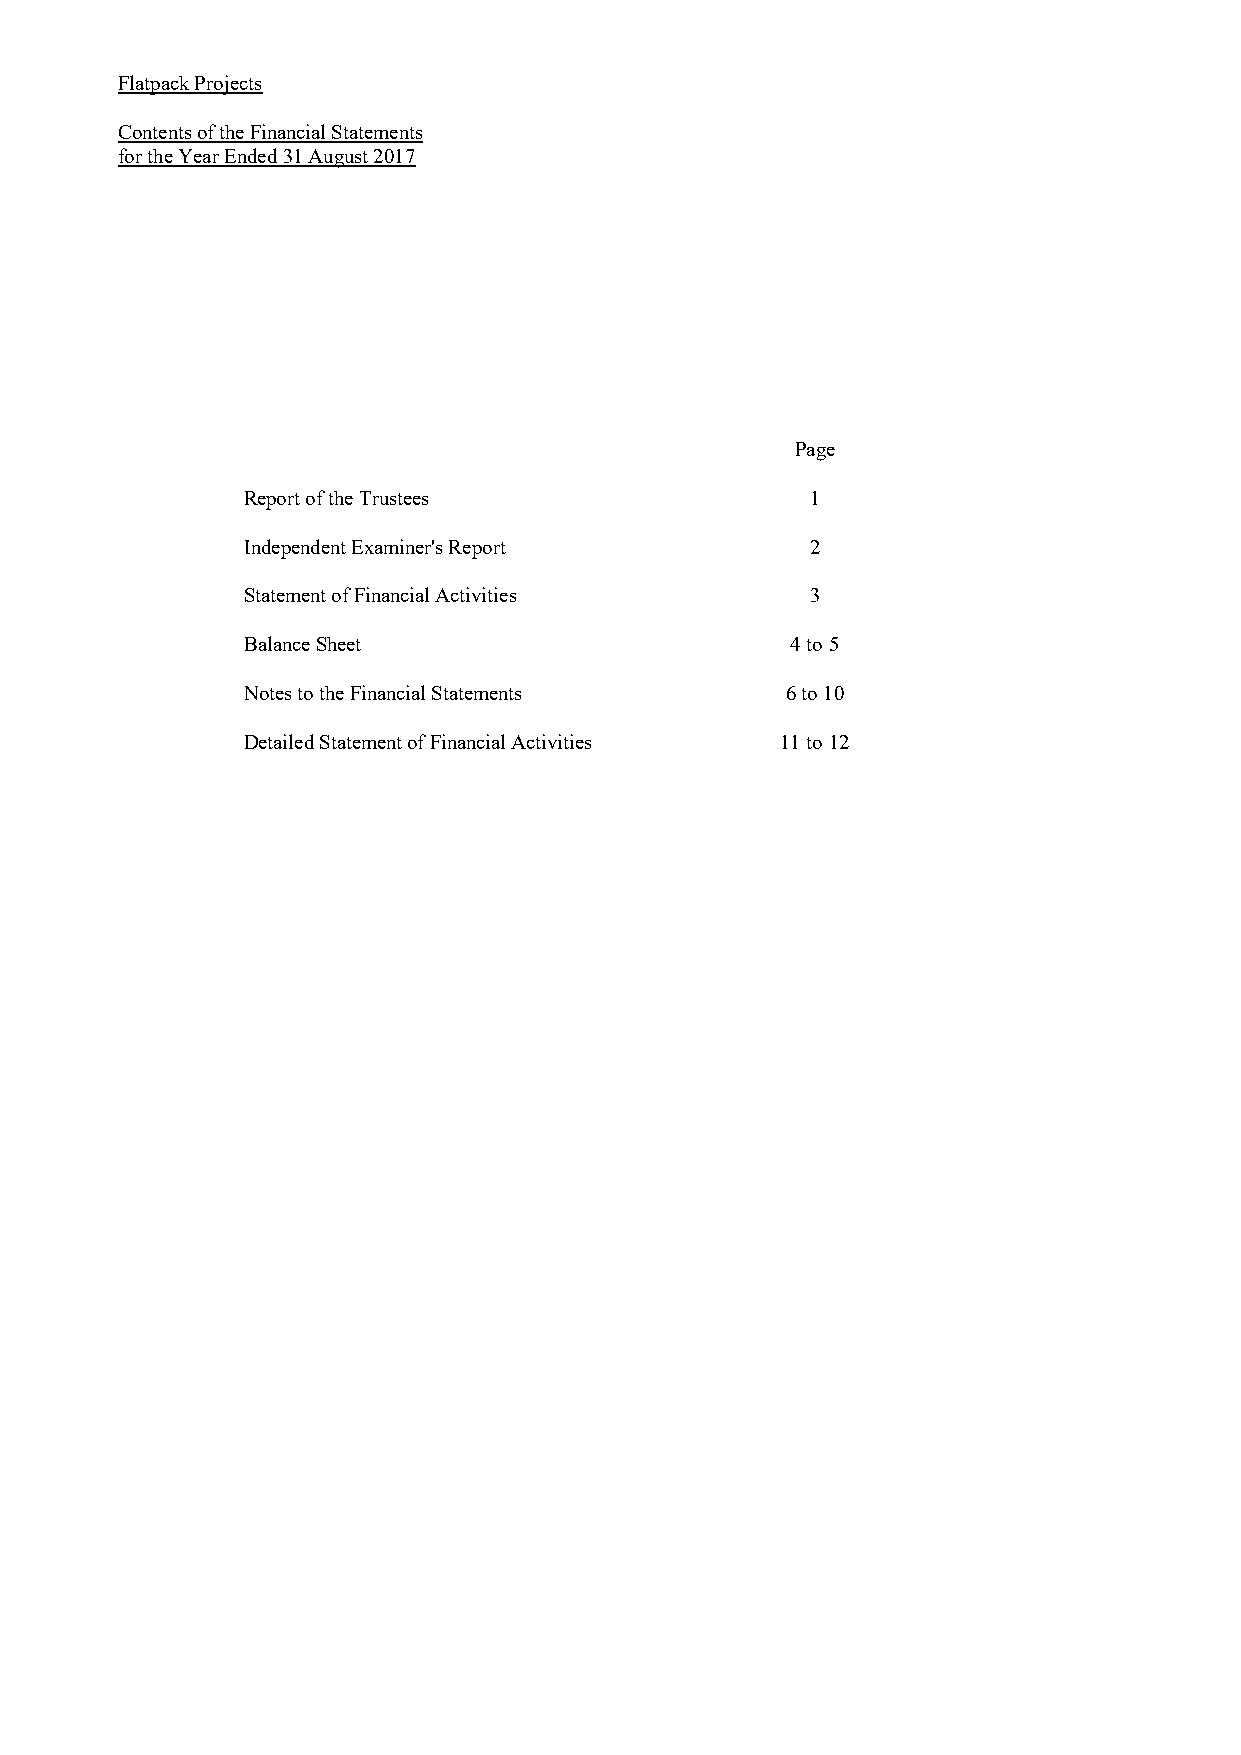
Flatpack Projects
 Contents of the Financial Statements
 for the Year Ended 31 August 2017
 Page
 Report of the Trustees                1
 Independent Examiner's Report         2
 Statement of Financial Activities     3
 Balance Sheet                       4 to 5
 Notes to the Financial Statements   6 to 10
 Detailed Statement of Financial Activities 11 to 12